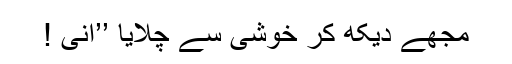
مجھے دیکھ کر خوشی سے چلایا ’’آنی !